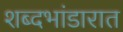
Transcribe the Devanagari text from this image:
शब्दभांडारात